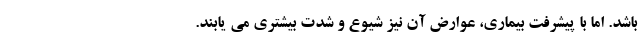
باشد. اما با پیشرفت بیماری، عوارض آن نیز شیوع و شدت بیشتری می یابند.